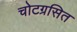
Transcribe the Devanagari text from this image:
चोटग्रसित